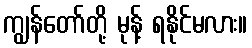
ကျွန်တော်တို့ မုန့် ရနိုင်မလား။